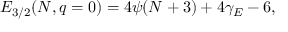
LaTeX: { \cal E } _ { 3 / 2 } ( N , q = 0 ) = 4 \psi ( N + 3 ) + 4 \gamma _ { E } - 6 ,